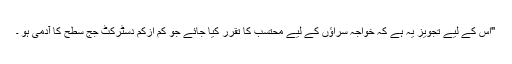
"اس کے لیے تجویز یہ ہے کہ خواجہ سراؤں کے لیے محتسب کا تقرر کیا جائے جو کم ازکم دسٹرکٹ جج سطح کا آدمی ہو ۔